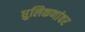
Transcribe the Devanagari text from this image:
धुलिकणांवर